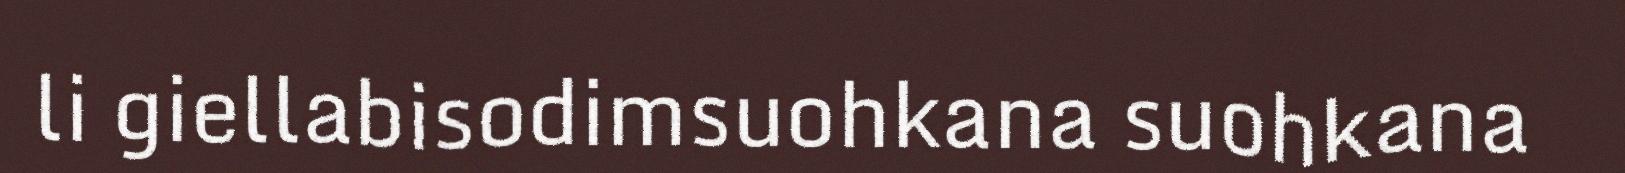
li giellabisodimsuohkana suohkana